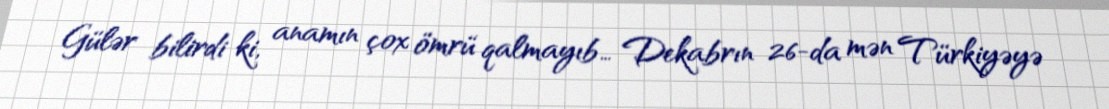
Gülər bilirdi ki, anamın çox ömrü qalmayıb… Dekabrın 26-da mən Türkiyəyə